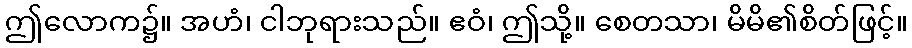
ဤလောက၌။ အဟံ၊ ငါဘုရားသည်။ ဧဝံ၊ ဤသို့။ စေတသာ၊ မိမိ၏စိတ်ဖြင့်။